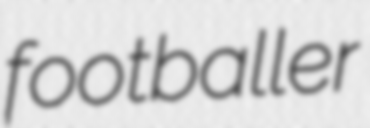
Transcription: footballer